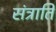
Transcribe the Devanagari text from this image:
संत्राति